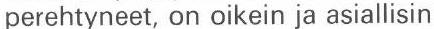
perehtyneet, on oikein ja asiallisin